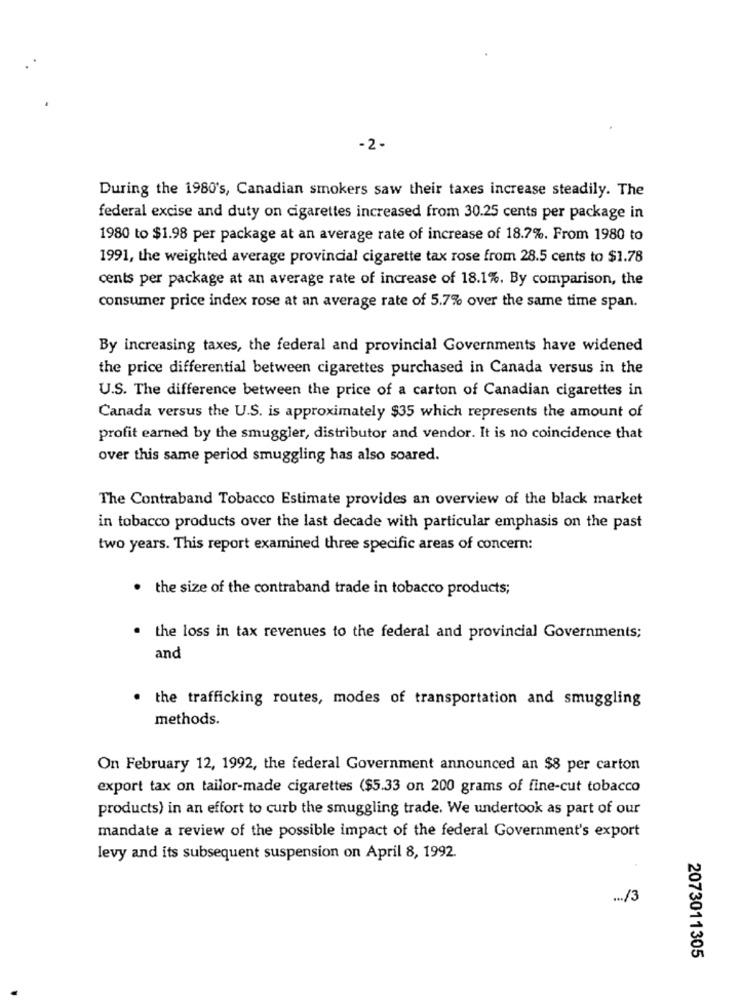
- 2 -
During the 1980's, Canadian smokers saw their taxes increase steadily. The
federal excise and duty on cigarettes increased from 30.25 cents per package in
1980 to $1.98 per package at an average rate of increase of 18.7%. From 1980 to
1991, the weighted average provincial cigarette tax rose from 28.5 cents to $1.78
cents per package at an average rate of increase of 18.1%. By comparison, the
consumer price index rose at an average rate of 5.7% over the same time span.
By increasing taxes, the federal and provincial Governments have widened
the price differential between cigarettes purchased in Canada versus in the
U.S. The difference between the price of a carton of Canadian cigarettes in
Canada versus the U.S. is approximately $35 which represents the amount of
profit earned by the smuggler, distributor and vendor. It is no coincidence that
over this same period smuggling has also soared.
The Contraband Tobacco Estimate provides an overview of the black market
in tobacco products over the last decade with particular emphasis on the past
two years. This report examined three specific areas of concern:
. the size of the contraband trade in tobacco products;
. the loss in tax revenues to the federal and provincial Governments;
and
. the trafficking routes, modes of transportation and smuggling
methods.
On February 12, 1992, the federal Government announced an $8 per carton
export tax on tailor-made cigarettes ($5.33 on 200 grams of fine-cut tobacco
products) in an effort to curb the smuggling trade. We undertook as part of our
mandate a review of the possible impact of the federal Government's export
levy and its subsequent suspension on April 8, 1992.
... /3
2073011305